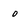
Character: o